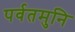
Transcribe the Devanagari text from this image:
पर्वतमुनि